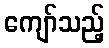
ကျော်သည့်